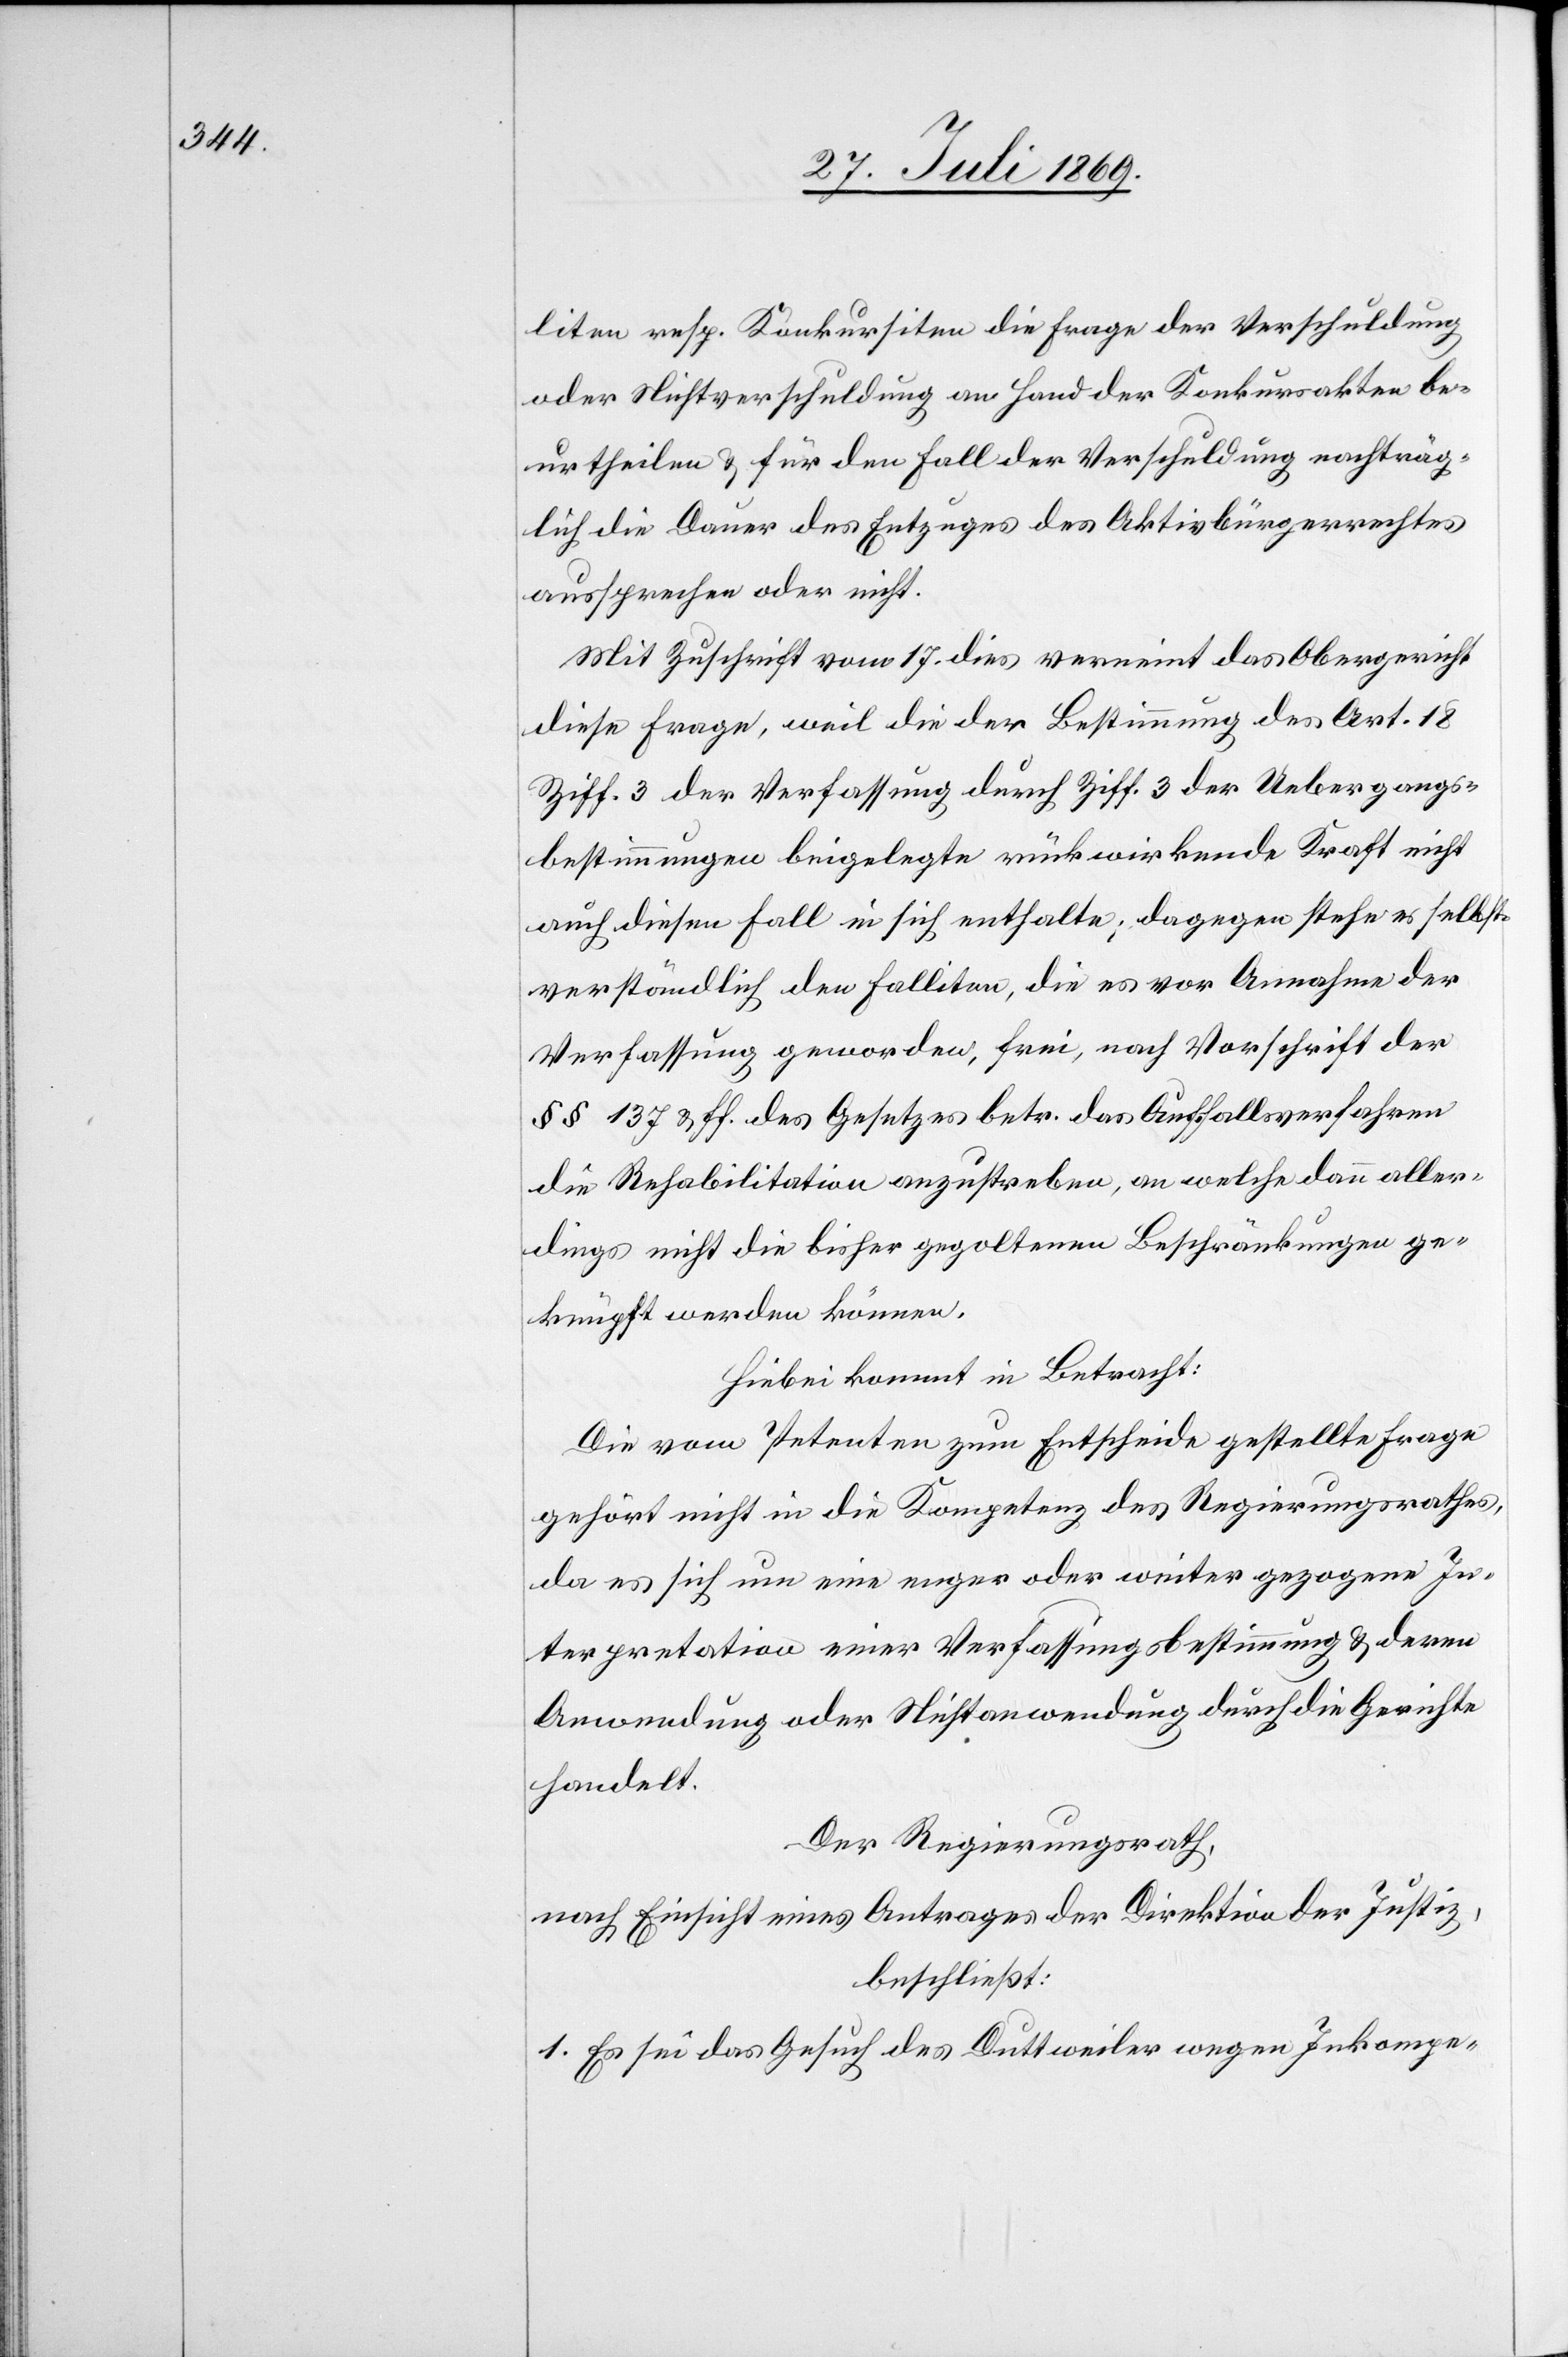
liten resp. Konkursiten die Frage der Verschuldung
oder Nichtverschuldung an Hand der Konkursakten be¬
urtheilen u. für den Fall der Verschuldung nachträg¬
lich die Dauer des Entzuges des Aktivbürgerrechtes
aussprechen oder nicht.
Mit Zuschrift vom 17 dies verneint das Obergericht
diese Frage, weil die der Bestimmung des Art. 18
Ziff. 3 der Verfassung durch Ziff 3 der Uebergangs¬
bestimmungen beigelegte rückwirkende Kraft nicht
auch diesem Fall in sich enthalte; dagegen stehe es selbst¬
verständlich den Falliten, die es vor Annahme der
Verfassung geworden, frei, nach Vorschrift der
§§ 137 u. ff. des Gesetzes betr. das Auffallsverfahren
die Rehabilitation anzustreben, an welche dann aller¬
dings nicht die bisher gegoltenen Beschränkungen ge¬
knüpft werden können.
Hiebei kommt in Betracht:
Die vom Petenten zum Entscheide gestellte Frage
gehört nicht in die Kompetenz des Regierungsrathes,
da es sich um eine enger oder weiter gezogene In¬
terpretation einer Verfassungsbestimmung u. deren
Anwendung oder Nichtanwendung durch die Gerichte
handelt.
Der Regierungsrath,
nach Einsicht eines Antrages der Direktion der Justiz,
beschließt:
1. Es sei das Gesuch des Duttweiler wegen Inkompe-